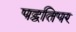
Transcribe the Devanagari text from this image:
पद्वतिपर